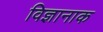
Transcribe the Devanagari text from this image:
विज्ञानाक